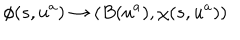
\phi ( s , u ^ { a } ) \rightarrow \left( B ( u ^ { a } ) , \chi ( s , u ^ { a } ) \right)